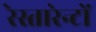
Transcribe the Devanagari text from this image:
रेस्तारेन्टों